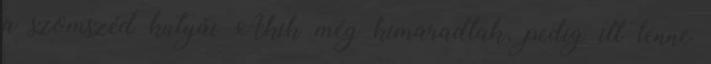
a szomszéd kutyái Akik még kimaradtak, pedig itt lenne